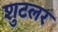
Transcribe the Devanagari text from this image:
शुटलर